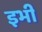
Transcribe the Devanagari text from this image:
इभी